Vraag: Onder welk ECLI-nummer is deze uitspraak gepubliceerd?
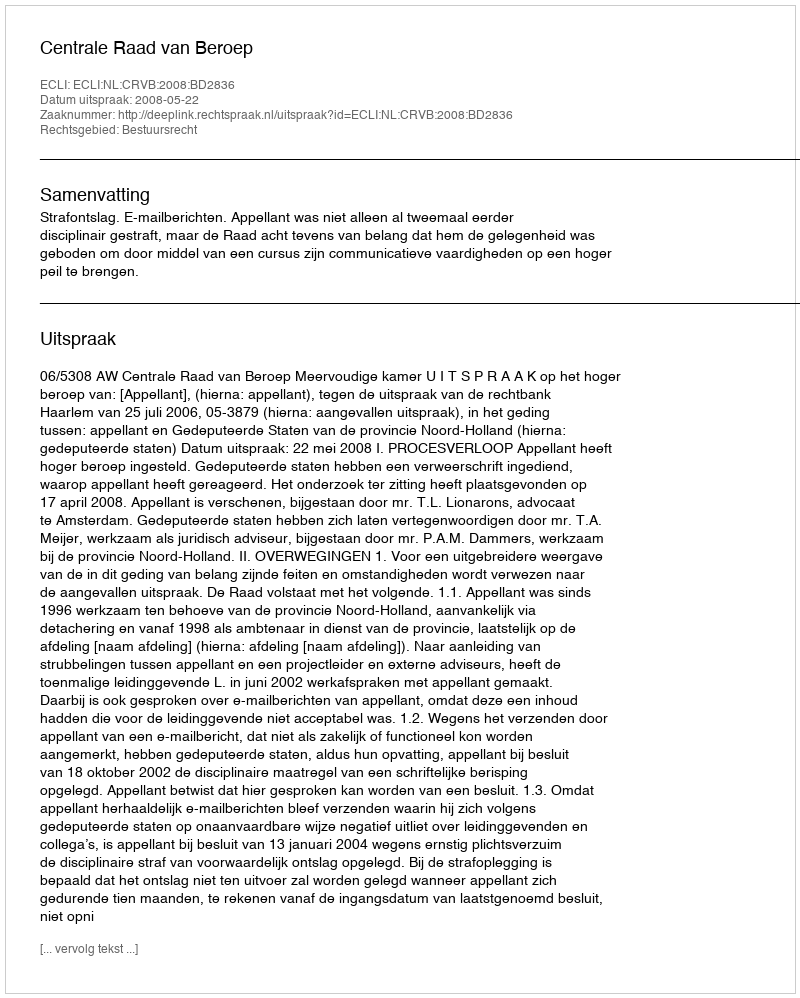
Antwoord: ECLI:NL:CRVB:2008:BD2836